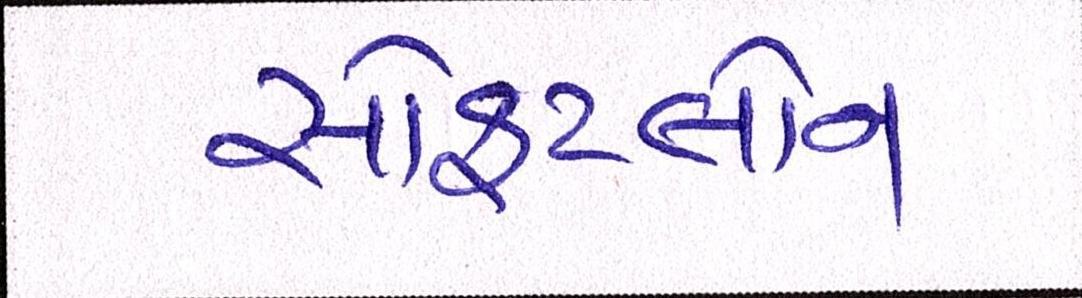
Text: સોફટલોન